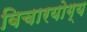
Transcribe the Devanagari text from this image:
विचारयोग्य